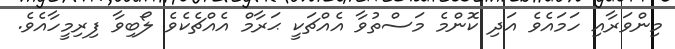
މިންވަރާއި ހަމައެވެ އަދި ކޮންމެ މަސްތުވާ އެއްޗަކީ ޙަރާމް އެއްޗެކެވެ ލޯބިވާ ފިރިމީހާއެވެ.